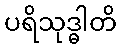
ပရိသုဒ္ဓါတိ